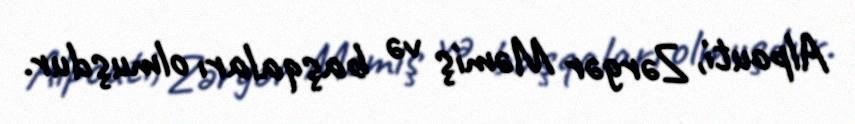
Alpouti, Zərgər Məmiş və başqaları olmuşdur.